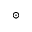
_ \odot